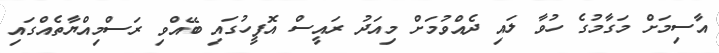
އާސިމަށް މަގާމުގެ ހުވާ ލައި ދެއްވުމަށް މިއަދު ރައީސް އޮފީހުގައި ބޭއްވި ރަސްމިއްޔާތެއްގައި